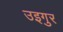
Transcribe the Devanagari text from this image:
उइगुर